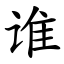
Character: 谁